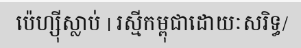
ប៉េហ្ស៊ីស្លាប់ | រស្មីកម្ពុជាដោយៈសរិទ្ធ/